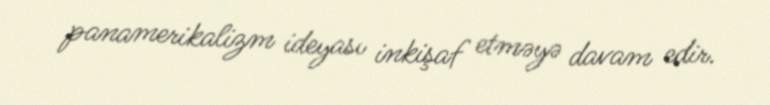
panamerikalizm ideyası inkişaf etməyə davam edir.